Calcutta medical institutions reports 1879-81 [i.e.91]
Year: 1879
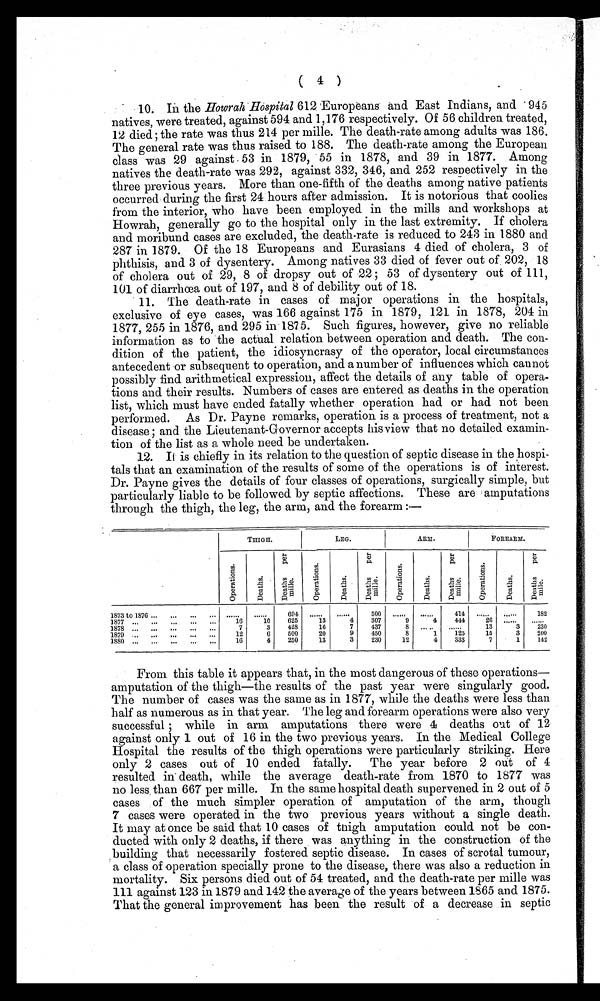
( 4 )
10. In the Howrah Hospital 612 Europeans and East Indians, and 945
natives, were treated, against 594 and 1,176 respectively. Of 56 children treated,
12 died; the rate was thus 214 per mile. The death-rate among adults was 186.
The general rate was thus raised to 188. The death-rate among the European
class was 29 against 53 in 1879, 55 in 1878, and 39 in 1877. Among
natives the death-rate was 292, against 332, 346, and 252 respectively in the
three previous years. More than one-fifth of the deaths among native patients
occurred during the first 24 hours after admission. It is notorious that coolies
from the interior, who have been employed in the mills and workshops at
Howrah, generally go to the hospital only in the last extremity. If cholera
and moribund cases are excluded, the death-rate is reduced to 243 in 1880 and
287 in 1879. Of the 18 Europeans and Eurasians 4 died of cholera, 3 of
phthisis, and 3 of dysentery. Among natives 33 died of fever out of 202, 18
of cholera out of 29, 8 of dropsy out of 22; 53 of dysentery out of 111,
101 of diarrhœa out of 197, and 8 of debility out of 18.
11.
Them death-rate in cases of major operations in the hospitals,
exclusive of eye cases, was 166 against 175 in 1879, 121 in 1878, 204 in
1877, 255 in 1876, and 295 in 1875. Such figures, however, give no reliable
information as to the actual relation between operation and death. The con-
dition of the patient, the idiosyncrasy of the operator, local circumstances
antecedent or subsequent to operation, and a number of influences which cannot
possibly find arithmetical expression, affect the details of any table of
opera-tions and their results. Numbers of cases are entered as deaths in the operation
list, which must have ended fatally whether operation had or had not been
performed. As Dr. Payne remarks, operation is a process of treatment, not a
disease; and the Lieutenant-Governor accepts his view that no detailed examin-
tion of the list as a whole need be undertaken.
12. It is chiefly in its relation to the question of septic disease in the hospi
- t a l s t h a t a n e x a m i n a t i o n o f t h e r e s u l t s o f s o m e o f t h e o p e r a t i o n s i s o f i n t e r e s t .
Dr. Payne gives the details of four classes of operations, surgically simple, but
particularly liable to be followed by septic affections. These are amputations
through the thigh, the leg, the arm, and the forearm :—
T H I G H .
LEG.
ARM.
FOREARM.
O p e r a t i o n s .
D e a t h s .
D e a t h s p e r m i l l e
O p e r a t i o n s .
D e a t h s .
D e a t h s p e r m i l l e .
O p e r a t i o n s .
D e a t h s .
D e a t h s p e r m i l l e .
O p e r a t i o n s .
D e a t h s .
D e a t h s p e r m i l l e .
1873 to 1876
694
500
414
182
1877
16
10
625
13
4
307
9
4
444
26
1878
7
3
428
16
7
437
8
....
.. .
13
3
230
1879 ..
...
...
...
...
12
6
500
20
9
450
8
1
125
15
3
200
1880
16
4
250
13
3
230
12
4
333
7
1
142
From this table it appears that, in the most dangerous of these operations—
amputation of the thigh—the results of the past year were singularly good.
The number of cases was the same as in 1877, while the deaths were less than
half as numerous as in that year. The leg and forearm operations were also very
successful; while in arm amputations there were 4 deaths out of 12
against only 1 out of 16 in the two previous years. In the Medical College
Hospital the results of the thigh operations were particularly striking. Here
only 2 cases out of 10 ended fatally. The year before 2 out of 4
resulted in death, while the average death-rate from 1870 to 1877 was
no less than 667 per mille. In the same hospital death supervened in 2 out of 5
cases of the much simpler operation of amputation of the arm, though
7 cases were operated in the two previous years without a single death.
It may at once be said that 10 cases of thigh amputation could not be con-
ducted with only 2 deaths, if there was anything in the construction of the
building that necessarily fostered septic disease. In cases of scrotal tumour,
a class of operation specially prone to the disease, there was also a reduction in
mortality. Six persons died out of 54 treated, and the death-rate per mille was
111 against 123 in 1879 and 142 the average of the years between 1865 and 1875.
That the general improvement has been the result of a decrease in septic